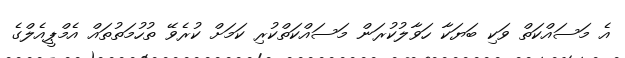
އެ މަސައްކަތް ވަކި ބަޔަކާ ހަވާލުކުރަން މަސައްކަތްކުރި ކަމަށް ކުރެވޭ ތުހުމަތުތައް އެމްޕީއެލްގެ